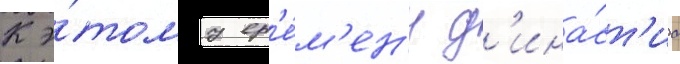
К э́тому вр'е́м'ен'и д'ина́ст'иа